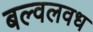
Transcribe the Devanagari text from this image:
बल्वलवध